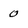
Character: 0